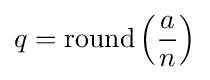
q=\operatorname {round} \left({\frac {a}{n}}\right)